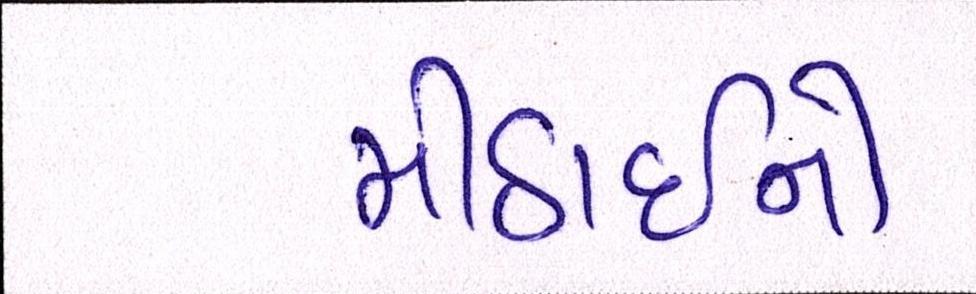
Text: મીઠાઈનો